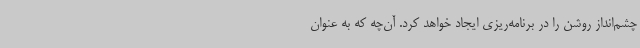
چشم‌انداز روشن را در برنامه‌ریزی ایجاد خواهد کرد. آن‌چه که به عنوان